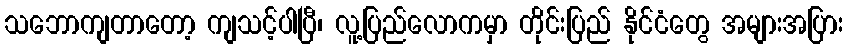
သဘောကျတာတော့ ကျသင့်ပါပြီ၊ လူ့ပြည်လောကမှာ တိုင်းပြည် နိုင်ငံတွေ အများအပြား